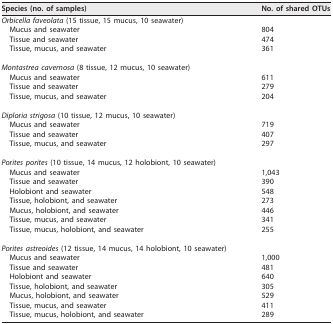
| Species (no. of samples) | No. of shared OTUs |
 | --- | --- |
 | Orbicella faveolata (15 tissue, 15 mucus, 10 seawater) |  |
 | Mucus and seawater | 804 |
 | Tissue and seawater | 474 |
 | Tissue, mucus, and seawater | 361 |
 | Montastrea cavernosa (8 tissue, 12 mucus, 10 seawater) |  |
 | Mucus and seawater | 611 |
 | Tissue and seawater | 279 |
 | Tissue, mucus, and seawater | 204 |
 | Diploria strigosa (10 tissue, 12 mucus, 10 seawater) |  |
 | Mucus and seawater | 719 |
 | Tissue and seawater | 407 |
 | Tissue, mucus, and seawater | 297 |
 | Porites porites (10 tissue, 14 mucus, 12 holobiont, 10 seawater) |  |
 | Mucus and seawater | 1,043 |
 | Tissue and seawater | 390 |
 | Holobiont and seawater | 548 |
 | Tissue, holobiont, and seawater | 273 |
 | Mucus, holobiont, and seawater | 446 |
 | Tissue, mucus, and seawater | 341 |
 | Tissue, mucus, holobiont, and seawater | 255 |
 | Porites astreoides (12 tissue, 14 mucus, 14 holobiont, 10 seawater) |  |
 | Mucus and seawater | 1,000 |
 | Tissue and seawater | 481 |
 | Holobiont and seawater | 640 |
 | Tissue, holobiont, and seawater | 305 |
 | Mucus, holobiont, and seawater | 529 |
 | Tissue, mucus, and seawater | 411 |
 | Tissue, mucus, holobiont, and seawater | 289 |